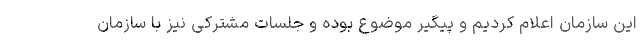
این سازمان اعلام کردیم و پیگیر موضوع بوده و جلسات مشترکی نیز با سازمان